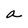
Character: a